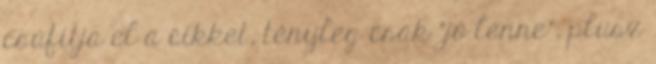
csúfítja el a cikket, tényleg csak "jó lenne", plusz